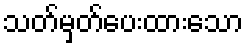
သတ်မှတ်ပေးထားသော